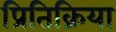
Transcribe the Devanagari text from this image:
प्रितिक्रिया